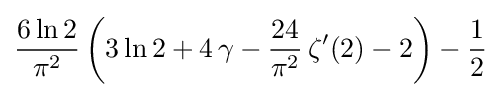
{\frac {6\ln 2}{\pi ^{2}}}\left(3\ln 2+4\,\gamma -{\frac {24}{\pi ^{2}}}\,\zeta '(2)-2\right)-{\frac {1}{2}}